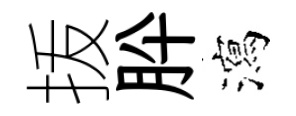
㧞肸瀉